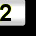
Digit: 2